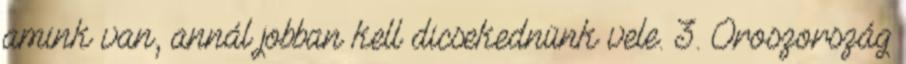
amink van, annál jobban kell dicsekednünk vele. 3. Oroszország